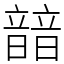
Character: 䪭